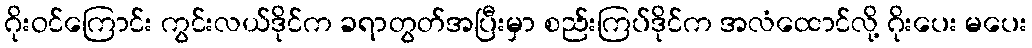
ဂိုးဝင်ကြောင်း ကွင်းလယ်ဒိုင်က ခရာတွတ်အပြီးမှာ စည်းကြပ်ဒိုင်က အလံထောင်လို့ ဂိုးပေး မပေး